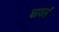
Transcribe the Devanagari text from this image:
घावलं